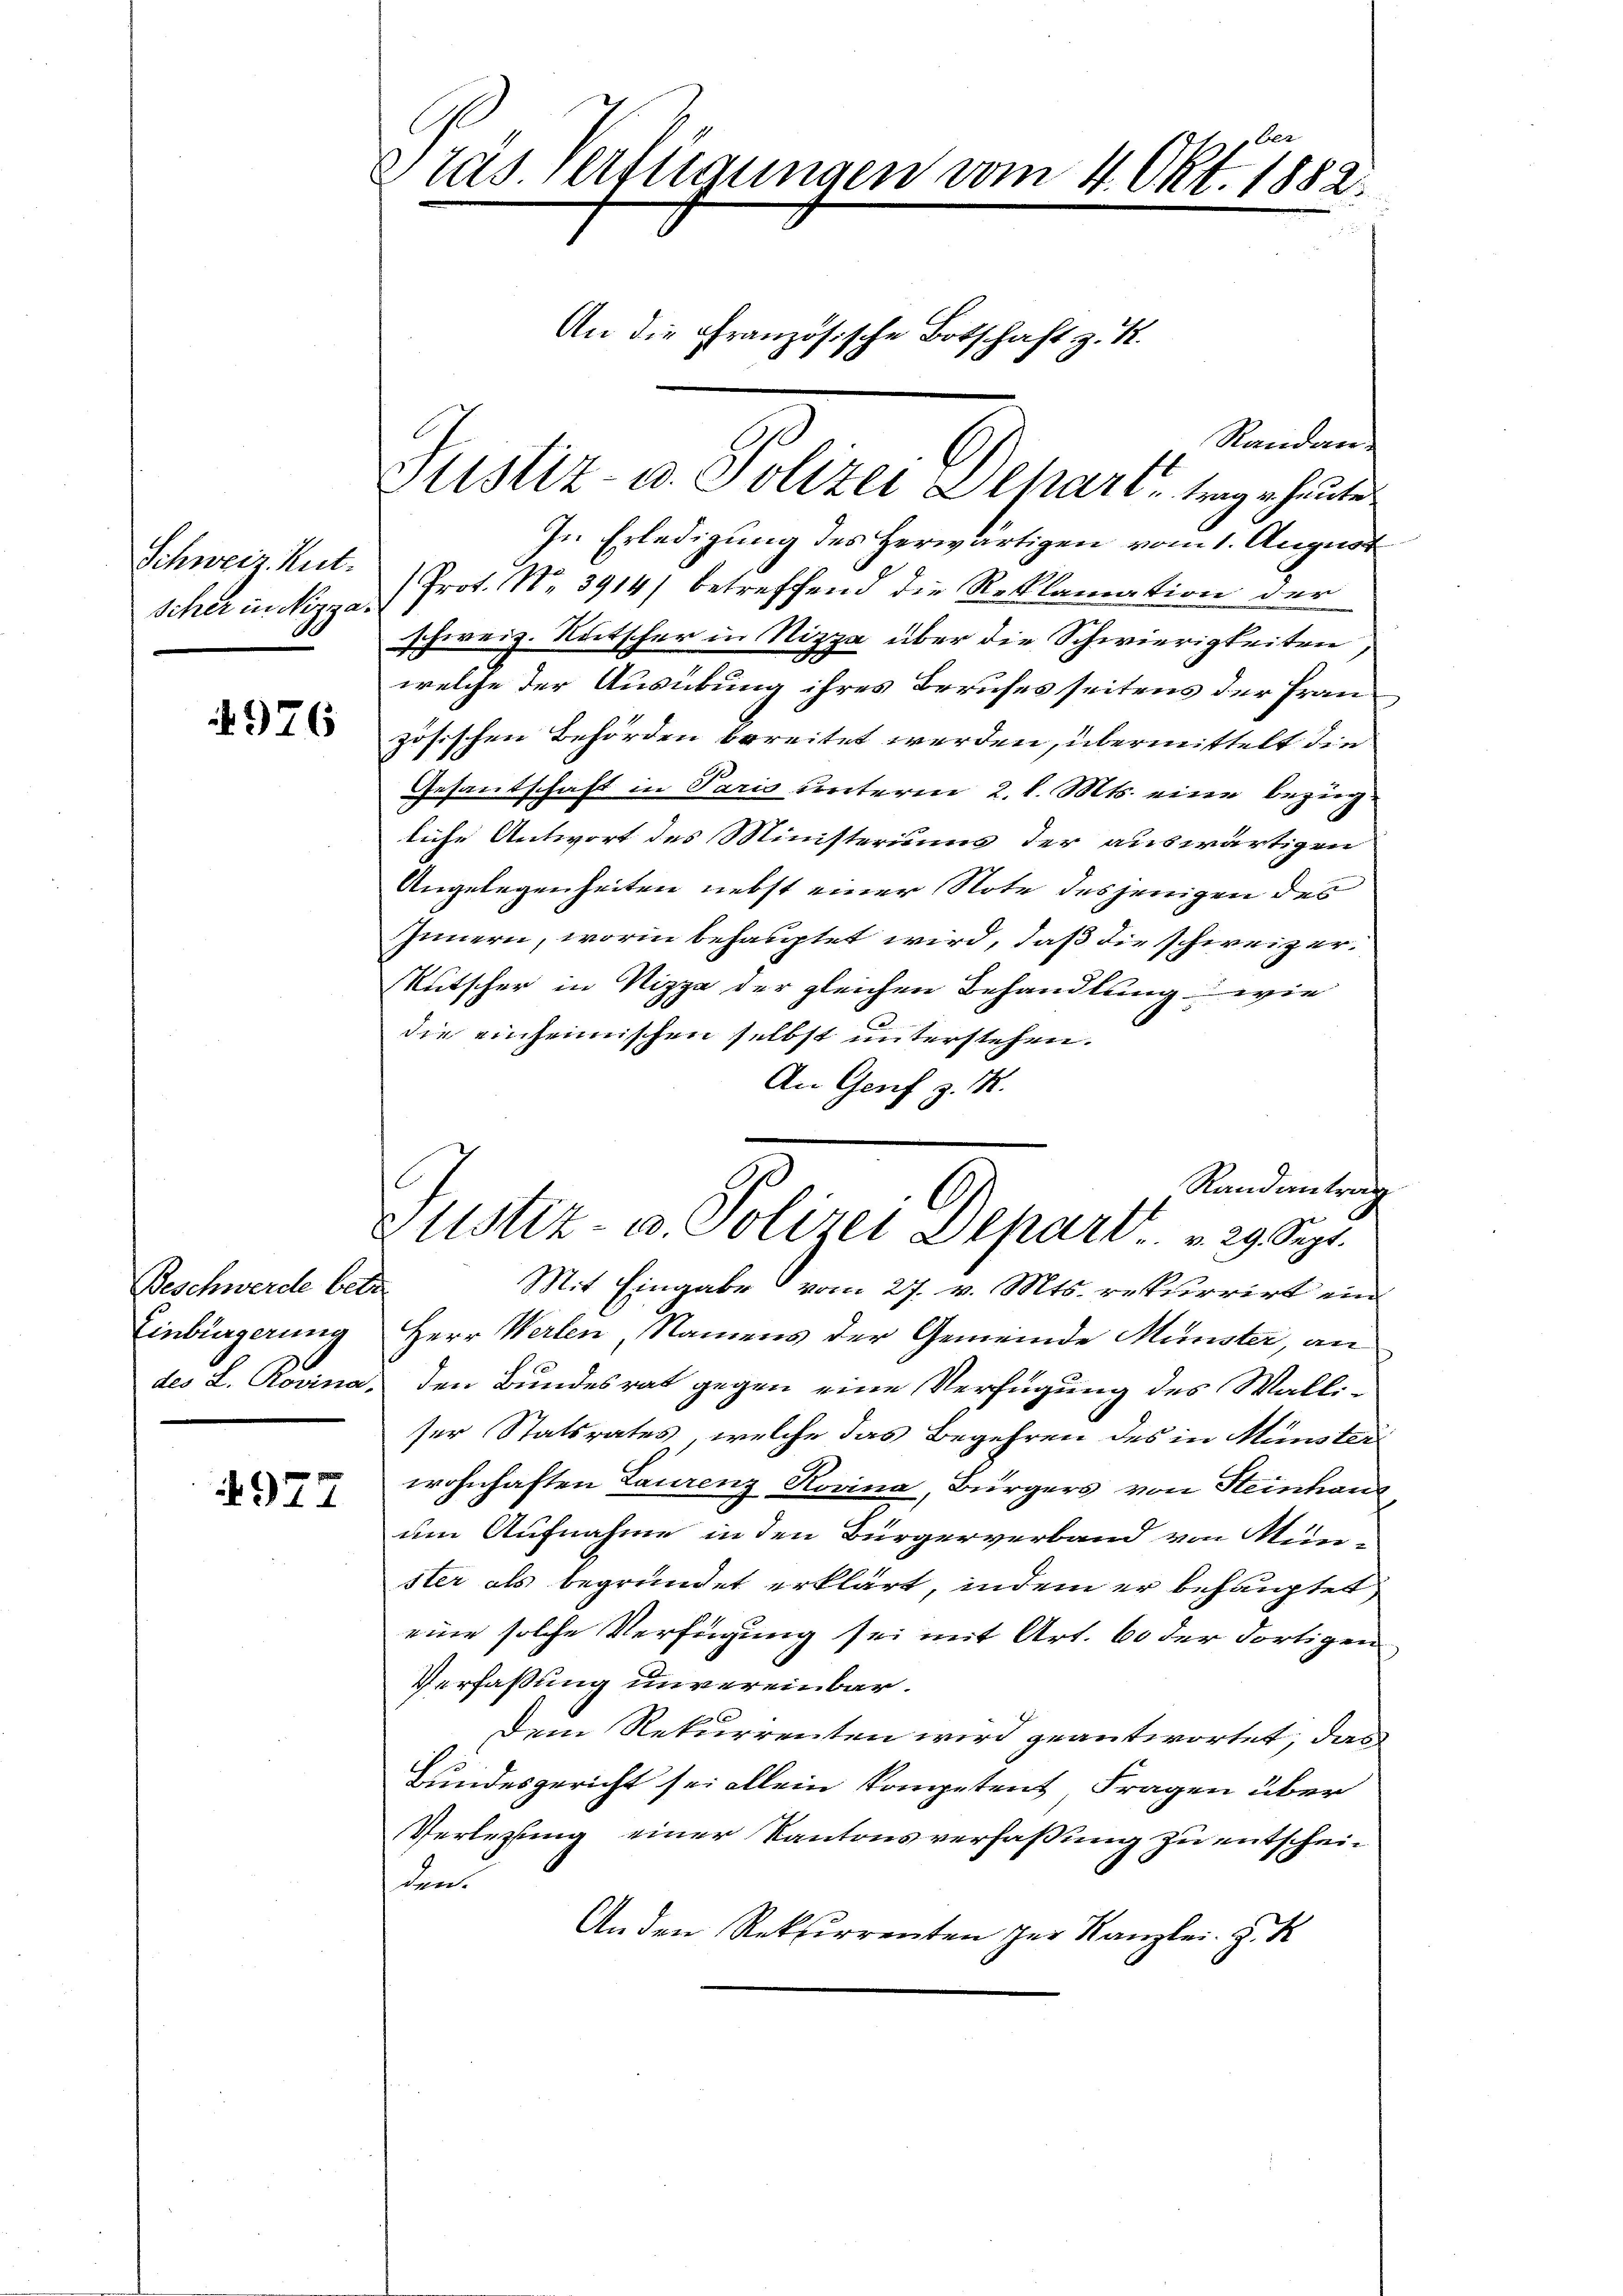
Schweiz. Rut.
scher in Nizza¬

976

Beschwerde betr
Einbürgerung

977

ber
Dräs. Verfügungen vom 4. Okt. 1882
An die Französische Botschaft z. K.

Randan¬
Justiz- u. Polizei Dechart, trage heute
In Erledigung des Herwärtigen vom 1. August
Prot. No. 3914) betreffend die Reklamation der
schweiz. Rutscher in Nizza über die Schwierigkeiten
welche der Ausübung ihres Berufes seitens der Französischen Behörden bereitet werden, übermittelt die
Gesantschaft in Paris unterm 2. l. Mts. eine Bezugliche Antwort des Ministeriums der auswärtigen
Angelegenheiten nebst einer Note desjenigen den
Innern, worin behauptet wird, daß die schweizer¬
Kutscher in Nizza der gleichen Behandlung wie
die einheimischen selbst unterstehen.
An Genf z. B.
Randantrag
Justiz- u. Polizei Depart . . . 29. Sept.
Mit Eingabe vom 27. v. Mts. rekurrirt ein
Herr Werten, Namens der Gemeinde Münster, an
des L. Rosina, den Bundesrat gegen eine Verfügung des Walliser Statsrates, welche das Begehren des in Münster
wohnhaften Laurenz Rovina, Bürgers von Steinhau
um Aufnahme in den Bürgerverband von Mün-
ster als begründet erklärt, indem er behauptet
eine solche Verfügung sei mit Art. 60 der dortigen
Verfassung unvereinbar.
Dem Rekurrenten wird geantwortet, das
Bundesgericht sei allein kompetent, Fragen über
Verlegung einer Kantonsverfaßung zu entschein
den.
Anden Rekurrenten zur Kanzlei. H. K